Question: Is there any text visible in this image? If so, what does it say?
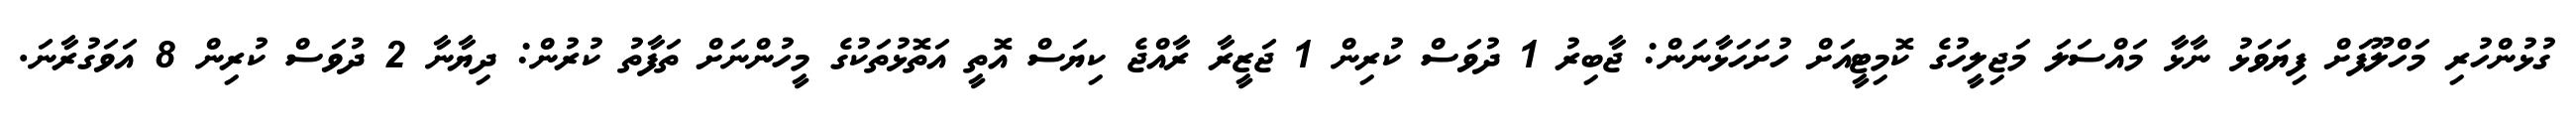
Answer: ގުޅުންހުރި މަހްލޫފަށް ފިޔަވަޅު ނާޅާ މައްސަލަ މަޖިލީހުގެ ކޮމިޓީއަށް ހުށަހަޅާނަން: ޖާބިރު 1 ދުވަސް ކުރިން 1 ޖަޒީރާ ރާއްޖެ ކިޔަސް އޮތީ އަތޮޅުތަކުގެ މީހުންނަށް ތަފާތު ކުރުން: ދިޔާނާ 2 ދުވަސް ކުރިން 8 އަވަގުރާނަ.